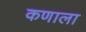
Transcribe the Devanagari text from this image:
कणाला